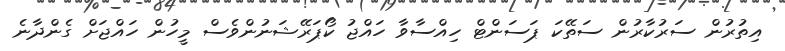
އިތުރުން ސަރުކާރުން ސަތޭކަ ޕަސަންޓް ހިއްސާވާ ހައްޖު ކޯޕަރޭޝަނުންވެސް މީހުން ހައްޖަށް ގެންދާނެ